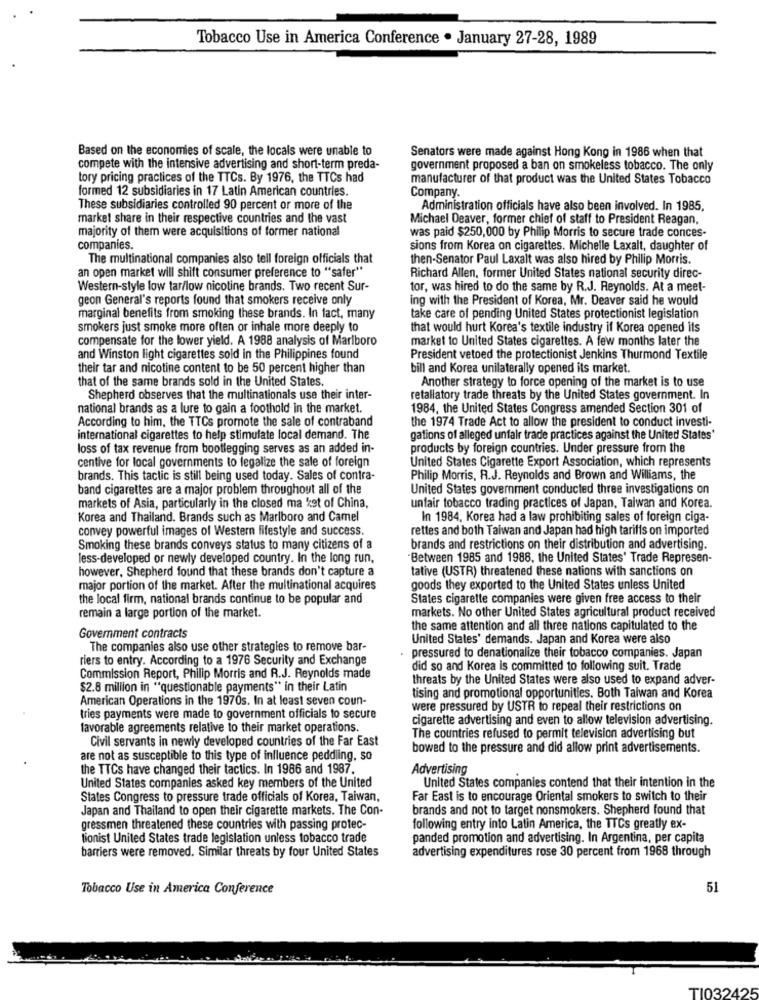
Tobacco Use in America Conference . January 27-28, 1989
Based on the economies of scale, the locals were unable to
Senators were made against Hong Kong in 1986 when that
compete with the intensive advertising and short-term preda-
government proposed a ban on smokeless tobacco. The only
tory pricing practices of the TTCs. By 1976, the TTCs had
manufacturer of that product was the United States Tobacco
formed 12 subsidiaries in 17 Latin American countries.
Company.
These subsidiaries controlled 90 percent or more of the
Administration officials have also been involved. In 1985,
market share in their respective countries and the vast
Michael Deaver, former chief of staff to President Reagan,
majority of them were acquisitions of former national
was paid $250,000 by Philip Morris to secure trade conces-
companies.
sions from Korea on cigarettes. Michelle Laxalt, daughter of
The multinational companies also tell foreign officials that
then-Senator Paul Laxalt was also hired by Philip Morris.
an open market will shift consumer preference to "safer"
Richard Allen, former United States national security direc-
Western-style low tar/low nicotine brands. Two recent Sur-
tor, was hired to do the same by R.J. Reynolds. At a meet-
geon General's reports found that smokers receive only
ing with the President of Korea, Mr. Deaver said he would
marginal benefits from smoking these brands. In fact, many
take care of pending United States protectionist legislation
smokers just smoke more often or inhale more deeply to
that would hurt Korea's textile industry if Korea opened its
compensate for the lower yield. A 1988 analysis of Marlboro
market to United States cigarettes. A few months later the
and Winston light cigarettes sold in the Philippines found
President vetoed the protectionist Jenkins Thurmond Textile
their tar and nicotine content to be 50 percent higher than
bill and Korea unilaterally opened its market.
that of the same brands sold in the United States.
Another strategy to force opening of the market is to use
Shepherd observes that the multinationals use their inter-
retaliatory trade threats by the United States government. In
national brands as a lure to gain a foothold in the market.
1984, the United States Congress amended Section 301 of
the 1974 Trade Act to allow the president to conduct investi-
According to him, the TTCs promote the sale of contraband
international cigarettes to help stimulate local demand. The
gations of alleged unfair trade practices against the United States'
loss of tax revenue from bootlegging serves as an added in-
products by foreign countries. Under pressure from the
centive for local governments to legalize the sale of foreign
United States Cigarette Export Association, which represents
brands. This tactic is still being used today. Sales of contra-
Philip Morris, R.J. Reynolds and Brown and Williams, the
band cigarettes are a major problem throughout all of the
United States government conducted three investigations on
markets of Asia, particularly in the closed ma ket of China,
unfair tobacco trading practices of Japan, Taiwan and Korea.
Korea and Thailand. Brands such as Marlboro and Camel
In 1984, Korea had a law prohibiting sales of foreign ciga-
convey powerful images of Western lifestyle and success.
rettes and both Taiwan and Japan had high tariffs on imported
Smoking these brands conveys status to many citizens of a
brands and restrictions on their distribution and advertising.
less-developed or newly developed country. In the long run,
Between 1985 and 1988, the United States' Trade Represen-
however, Shepherd found that these brands don't capture a
tative (USTR) threatened these nations with sanctions on
major portion of the market. After the multinational acquires
goods they exported to the United States unless United
the local firm, national brands continue to be popular and
States cigarette companies were given free access to their
remain a large portion of the market.
markets. No other United States agricultural product received
the same attention and all three nations capitulated to the
Government contracts
United States' demands. Japan and Korea were also
The companies also use other strategies to remove bar-
riers to entry. According to a 1976 Security and Exchange
pressured to denationalize their tobacco companies. Japan
did so and Korea is committed to following suit. Trade
Commission Report, Philip Morris and R.J. Reynolds made
threats by the United States were also used to expand adver-
$2.8 million in "questionable payments" in their Latin
American Operations in the 1970s. In at least seven coun-
tising and promotional opportunities. Both Taiwan and Korea
were pressured by USTR to repeal their restrictions on
tries payments were made to government officials to secure
cigarette advertising and even to allow television advertising.
favorable agreements relative to their market operations.
Civil servants in newly developed countries of the Far East
The countries refused to permit television advertising but
bowed to the pressure and did allow print advertisements.
are not as susceptible to this type of influence peddling, so
the TTCs have changed their tactics. In 1986 and 1987.
Advertising
United States companies contend that their intention in the
United States companies asked key members of the United
States Congress to pressure trade officials of Korea, Taiwan,
Far East is to encourage Oriental smokers to switch to their
Japan and Thailand to open their cigarette markets. The Con-
brands and not to target nonsmokers. Shepherd found that
gressmen threatened these countries with passing protec-
following entry into Latin America, the TTCs greatly ex-
tionist United States trade legislation unless tobacco trade
panded promotion and advertising. In Argentina, per capita
barriers were removed. Similar threats by four United States
advertising expenditures rose 30 percent from 1968 through
Tobacco Use in America Conference
51
TI032425